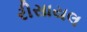
રીસાયલ